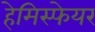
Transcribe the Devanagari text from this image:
हेमिस्फेयर